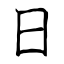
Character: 日